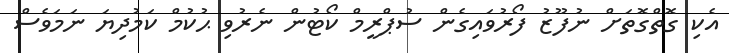
އެކި ގޮތްގޮތަށް ނުފޫޒު ފޯރުވައިގެން ސުޕްރީމް ކޯޓުން ނެރުވި ޙުކުމް ކަމުދިޔަ ނަމަވެސް